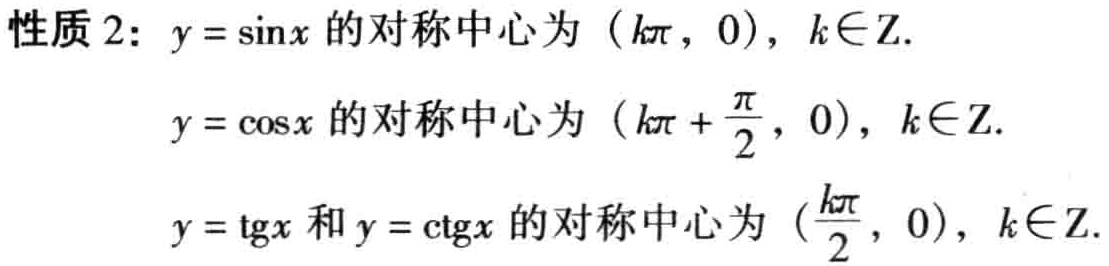
性质 2: \(y = \sin x\) 的对称中心为 \((k\pi, 0)\)，\(k\in\mathbb{Z}\).

\(y = \cos x\) 的对称中心为 \((k\pi+\frac{\pi}{2}, 0)\)，\(k\in\mathbb{Z}\).

\(y = \text{tg}x\) 和 \(y = \text{ctg}x\) 的对称中心为 \((\frac{k\pi}{2}, 0)\)，\(k\in\mathbb{Z}\).